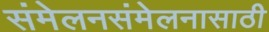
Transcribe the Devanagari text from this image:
संमेलनसंमेलनासाठी